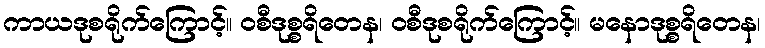
ကာယဒုစရိုက်ကြောင့်။ ဝစီဒုစ္စရိတေန၊ ဝစီဒုစရိုက်ကြောင့်။ မနောဒုစ္စရိတေန၊